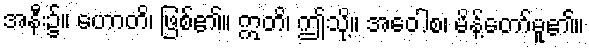
အနီး၌။ ဟောတိ၊ ဖြစ်၏။ ဣတိ၊ ဤသို့။ အဝေါစ၊ မိန့်တော်မူ၏။